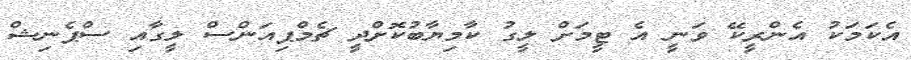
އެކަމަކު އެންރީކޭ ވަނީ އެ ޓީމަށް ލީގު ކާމިޔާބުކޮށްދީ ޗެމްޕިއަންސް ލީގާއި ސްޕެނިޝް